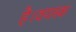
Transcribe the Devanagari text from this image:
है।वयस्क